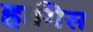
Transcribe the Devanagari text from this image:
हागिस